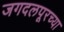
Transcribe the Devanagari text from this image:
जगदलपूरच्या